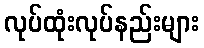
လုပ်ထုံးလုပ်နည်းများ